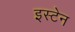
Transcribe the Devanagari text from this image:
इस्टेन